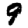
Digit: 9